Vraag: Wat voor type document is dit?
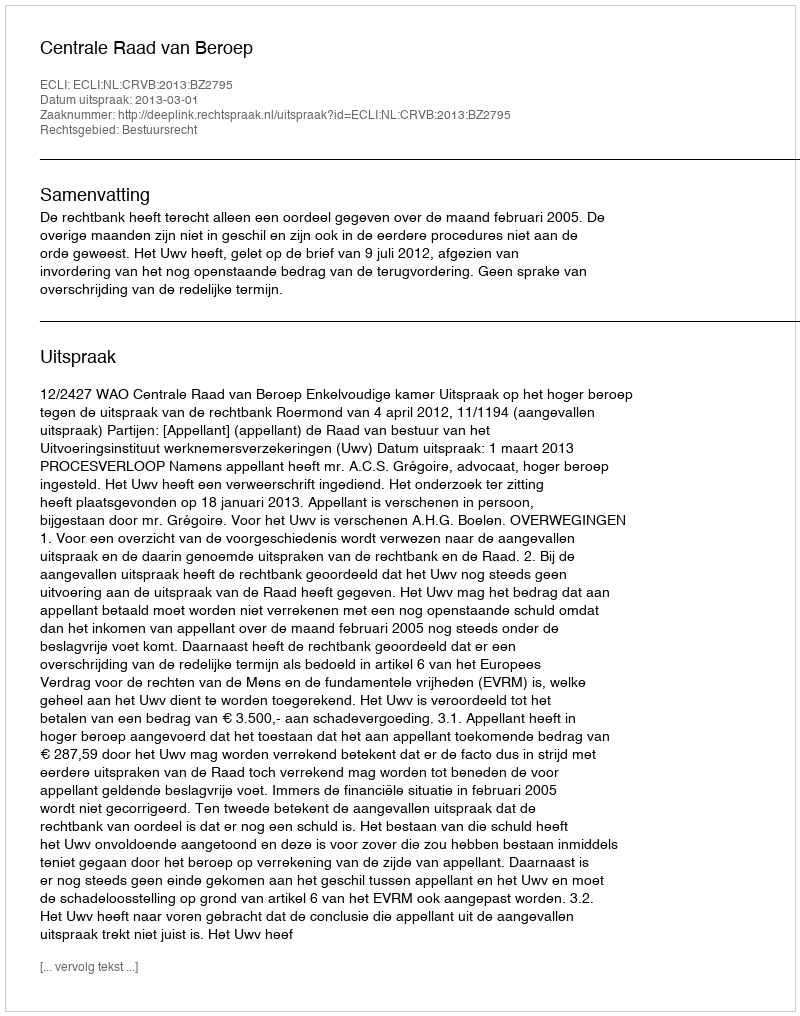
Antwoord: Uitspraak